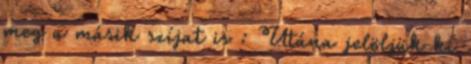
meg a másik szíjat is : Utána jelöljük ki